Reports on military cantonments and civil stations in the Presidency of Bombay inspected by the Sanitary Commissioner in the years 1875 and 1876
Year: 1875
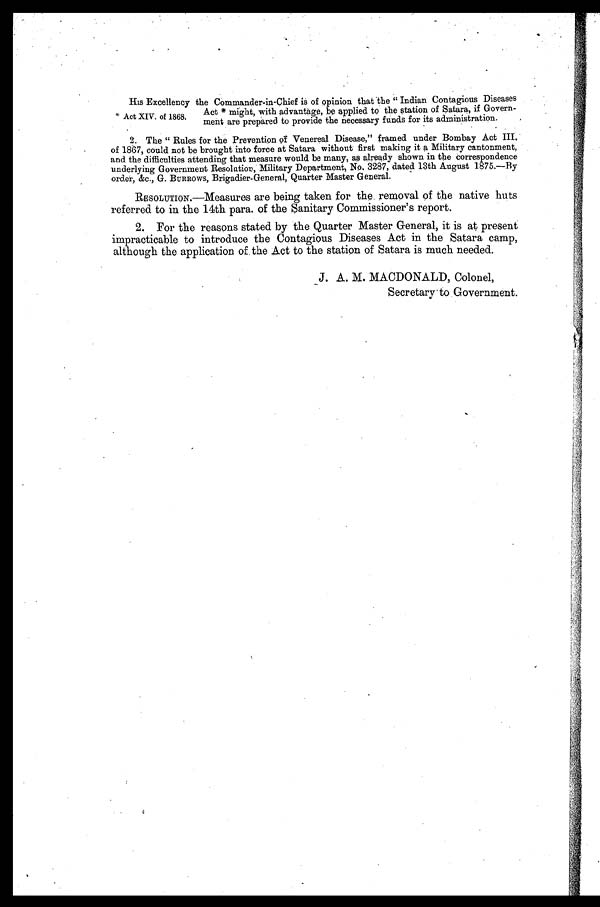
His Excellency the Commander-in-Chief is of opinion that the "Indian Contagious Diseases
.
1868
of
.
XIV * A c t X I V . o f 1 8 6 8 .
Act * might, with advantage, be applied to the station of Satara, if Govern-
ment are prepared to provide the necessary funds for its administration.
2. The "Rules for the Prevention of Venereal Disease," framed under Bombay Act III.
of 1867, could not be brought into force at Satara without first making it a Military cantonment,
and the difficulties attending that measure would be many, as already shown in the correspondence
underlying Government Resolution, Military Department, No. 3287, dated 13th August 1875.—By
order, &c., G. BURROWS, Brigadier-General, Quarter Master General.
RESOLUTION.—Measures are being taken for the removal of the native huts
referred to in the 14th para. of the Sanitary Commissioner's report.
2. For the reasons stated by the Quarter Master General, it is at present
impracticable to introduce the Contagious Diseases Act in the Satara camp,
although the application of the Act to the station of Satara is much needed.
J. A. M. MACDONALD, Colonel,
Secretary to Government.
4